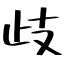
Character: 歧